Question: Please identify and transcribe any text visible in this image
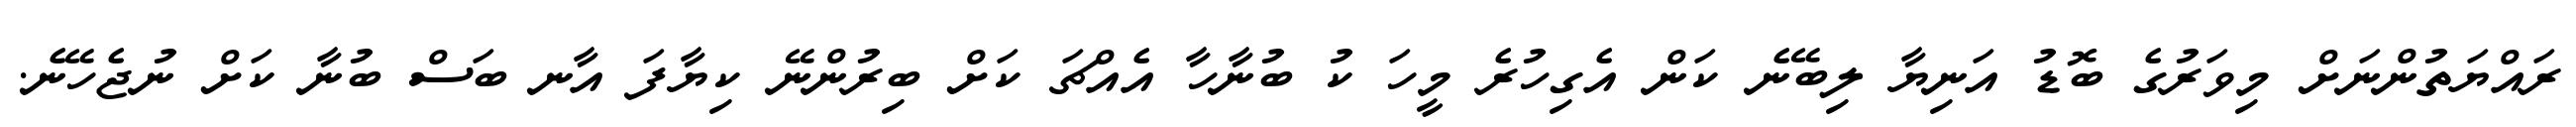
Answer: ރައްޔަތުންނަށް މިވަރުގެ ބޮޑު އަނިޔާ ލިބޭނެ ކަން އެގިހުރެ މީހަ ކު ބުނާހާ އެއްޗަ ކަށް ބިރުންނޭ ކިޔާފަ އާނ ބަސް ބުނާ ކަށް ނުޖެހޭނެ.